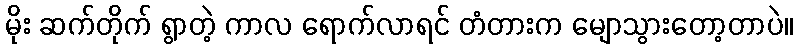
မိုး ဆက်တိုက် ရွာတဲ့ ကာလ ရောက်လာရင် တံတားက မျောသွားတော့တာပဲ။